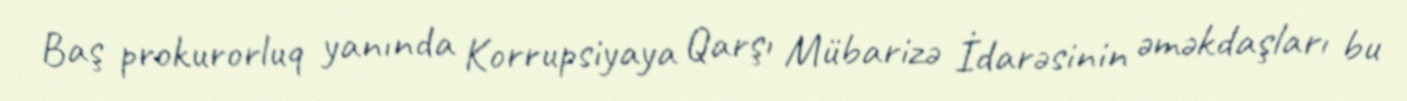
Baş prokurorluq yanında Korrupsiyaya Qarşı Mübarizə İdarəsinin əməkdaşları bu